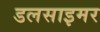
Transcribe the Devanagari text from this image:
डलसाइमर